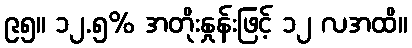
၉၅။ ၁၂.၅% အတိုးနှုန်းဖြင့် ၁၂ လအထိ။